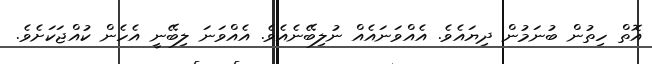
އޮތް ހިތުން ބުނަމުން ދިޔައެވެ. އެއްވަނައެއް ނުލިބޭނެއެވެ. އެއްވަނަ ލިބޭނީ އެހެން ކުއްޖަކަށެވެ.